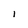
Character: l